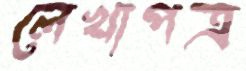
লেখাপত্র